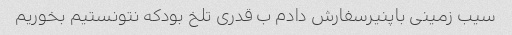
سیب زمینی باپنیرسفارش دادم ب قدری تلخ بودکه نتونستیم بخوریم